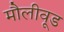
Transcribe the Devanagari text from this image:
मौलीवूड